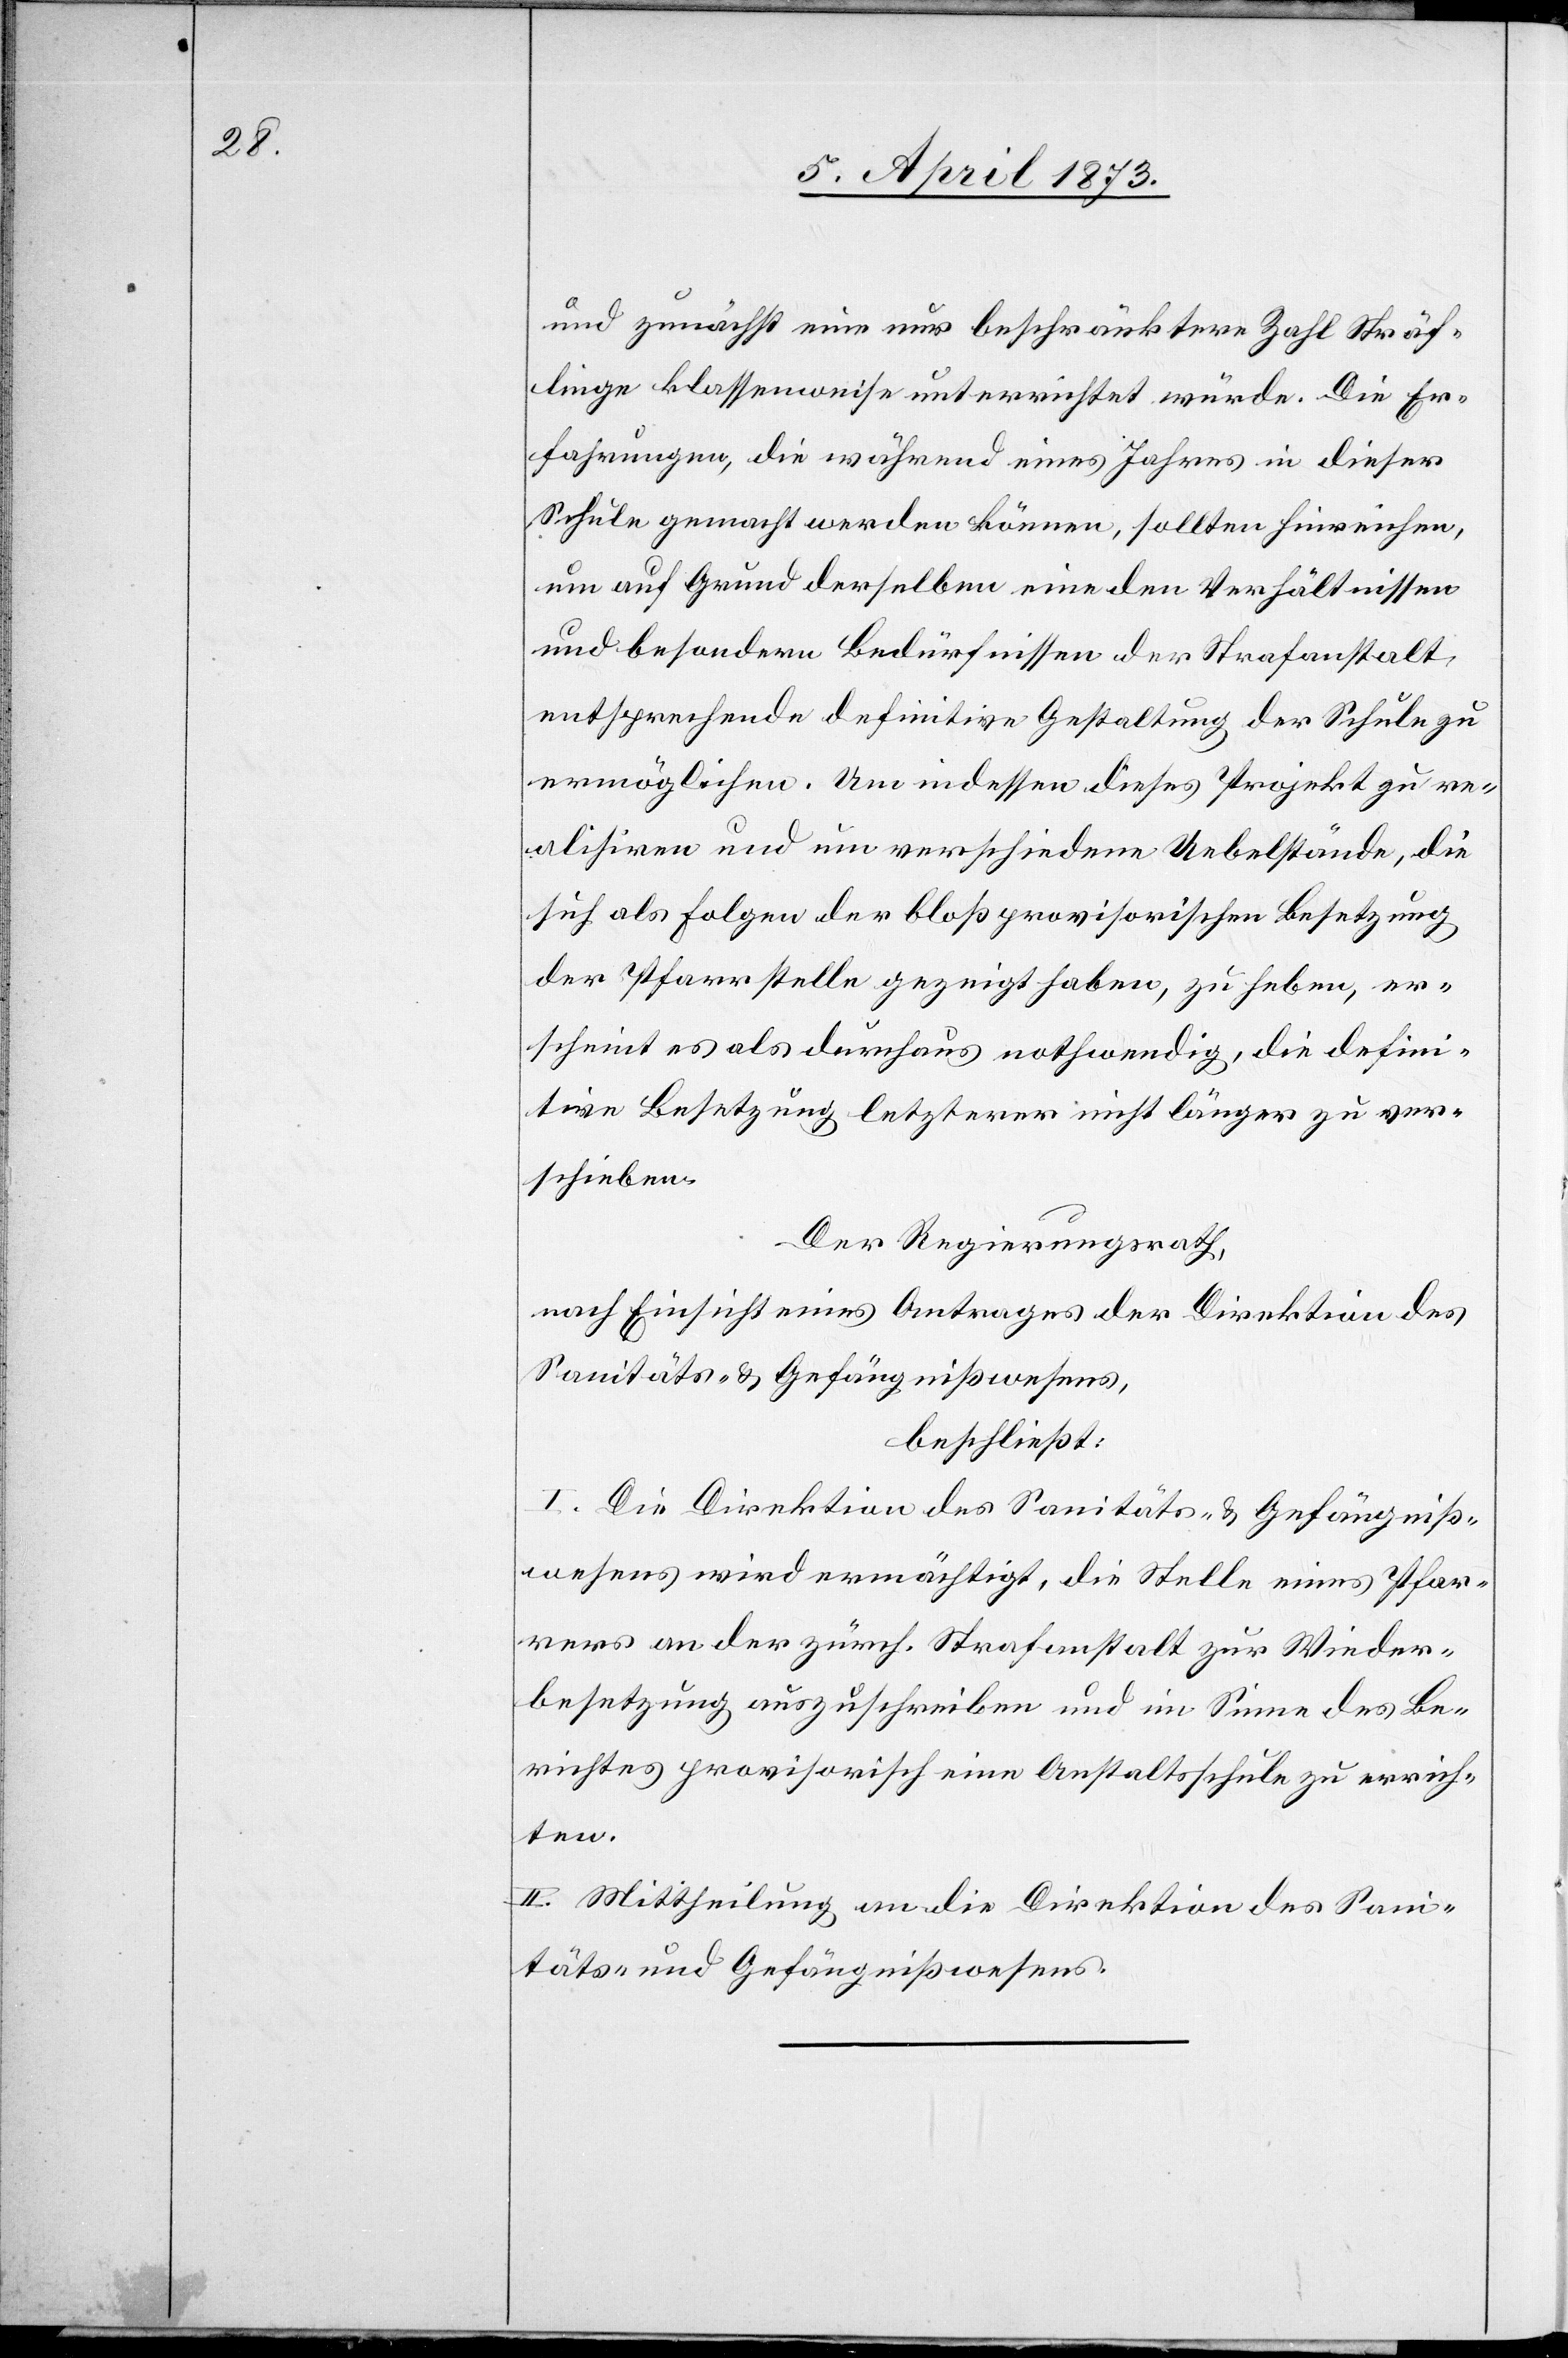
und zunächst eine nur beschränktere Zahl Sträf¬
linge klassenweise unterrichtet würde. Die Er¬
fahrungen, die während eines Jahres in dieser
Schule gemacht werden können, sollten hinreichen,
um auf Grund derselben eine den Verhältnissen
und besondern Bedürfnissen der Strafanstalt
entsprechende definitive Gestaltung der Schule zu
ermöglichen. Um indessen dieses Projekt zu re¬
alisiren und um verschiedene Uebelstände, die
sich als Folgen der bloß provisorischen Besetzung
der Pfarrstelle gezeigt haben, zu heben, er¬
scheint es als durchaus nothwendig, die defini¬
tive Besetzung letzterer nicht länger zu ver¬
schieben.
Der Regierungsrath,
nach Einsicht eines Antrages der Direktion des
Sanitäts- u. Gefängnißwesens,
beschließt:
I. Die Direktion des Sanitäts- u. Gefängniß¬
wesens wird ermächtigt, die Stelle eines Pfar¬
rers an der zürch. Strafanstalt zur Wieder¬
besetzung auszuschreiben und im Sinne des Be¬
richtes provisorisch eine Anstaltsschule zu errich¬
ten.
II. Mittheilung an die Direktion des Sani¬
täts- und Gefängnißwesens.